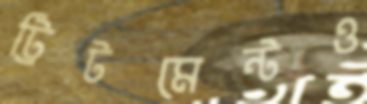
ট্রিটমেন্টও